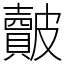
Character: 皾